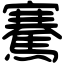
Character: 騫